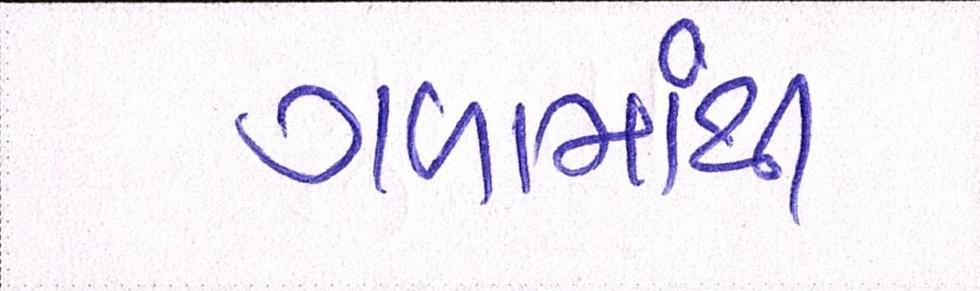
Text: ગળામાંથી